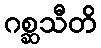
ဂစ္ဆသီတိ